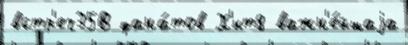
встр'еч35В фана́тов Х'ит8 важн'е́йшаjа